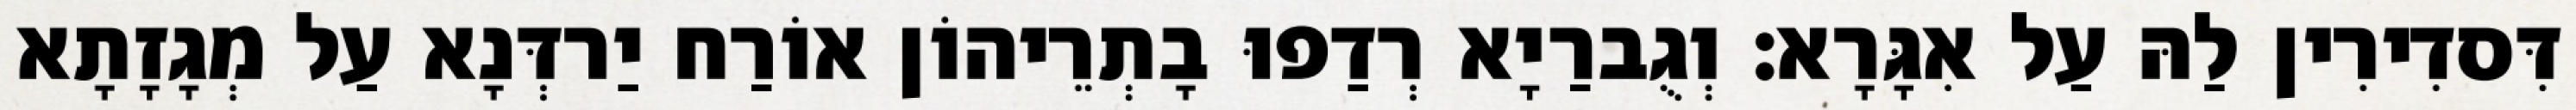
דִּסדִירִין לַהּ עַל אִגָּרָא׃ וְגֻברַיָא רְדַפוּ בָתְרֵיהוֹן אוֹרַח יַרדְּנָא עַל מְגָזָתָא